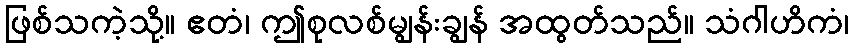
ဖြစ်သကဲ့သို့။ ဧတံ၊ ဤစုလစ်မျွန်းချွန် အထွတ်သည်။ သံဂါဟိကံ၊